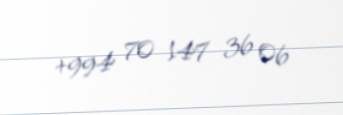
+994 70 147 36 06